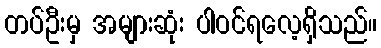
တပ်ဦးမှ အများဆုံး ပါဝင်ရလေ့ရှိသည်။